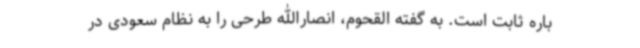
باره ثابت است. به گفته القحوم،‌ انصارالله طرحی را به نظام سعودی در